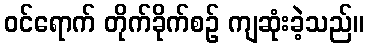
ဝင်ရောက် တိုက်ခိုက်စဉ် ကျဆုံးခဲ့သည်။